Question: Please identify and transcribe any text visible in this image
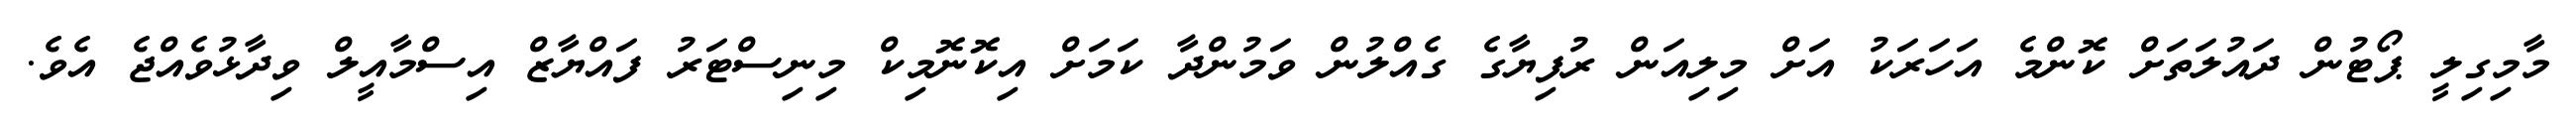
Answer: މާމިގިލީ ޕޯޓުން ދައުލަތަށް ކޮންމެ އަހަރަކު އަށް މިލިއަން ރުފިޔާގެ ގެއްލުން ވަމުންދާ ކަމަށް އިކޮނޮމިކް މިނިސްޓަރު ފައްޔާޒް އިސްމާއީލް ވިދާޅުވެއްޖެ އެވެ.